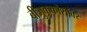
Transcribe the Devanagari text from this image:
बीजुककोशांवर